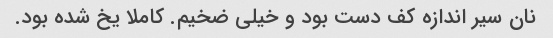
نان سیر اندازه کف دست بود و خیلی ضخیم. کاملا یخ شده بود.